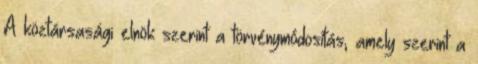
A köztársasági elnök szerint a törvénymódosítás, amely szerint a